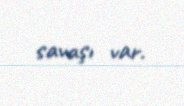
savaşı var.